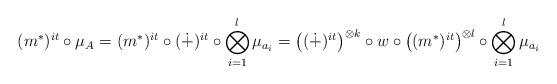
LaTeX: \begin{align*} (m^*)^{it} \circ \mu_A = (m^*)^{it} \circ (\dot{+})^{it} \circ \bigotimes_{i=1}^l \mu_{a_{i}} = \left((\dot{+})^{it}\right)^{\otimes k} \circ w \circ \left((m^*)^{it}\right)^{\otimes l} \circ \bigotimes_{i=1}^l \mu_{a_{i}} \end{align*}